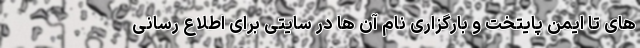
های تا ایمن پایتخت و بارگزاری نام آن ها در سایتی برای اطلاع رسانی